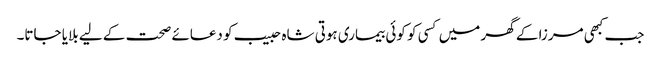
جب کبھی مرزا کے گھر میں کسی کو کوئی بیماری ہوتی شاہ حبیب کو دعائے صحت کے لیے بلایا جاتا۔